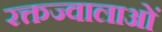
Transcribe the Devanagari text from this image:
रक्तज्वालाओं